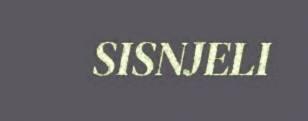
SISNJELI